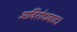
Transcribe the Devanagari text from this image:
अविरोधवाद।